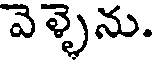
వెళ్ళెను.